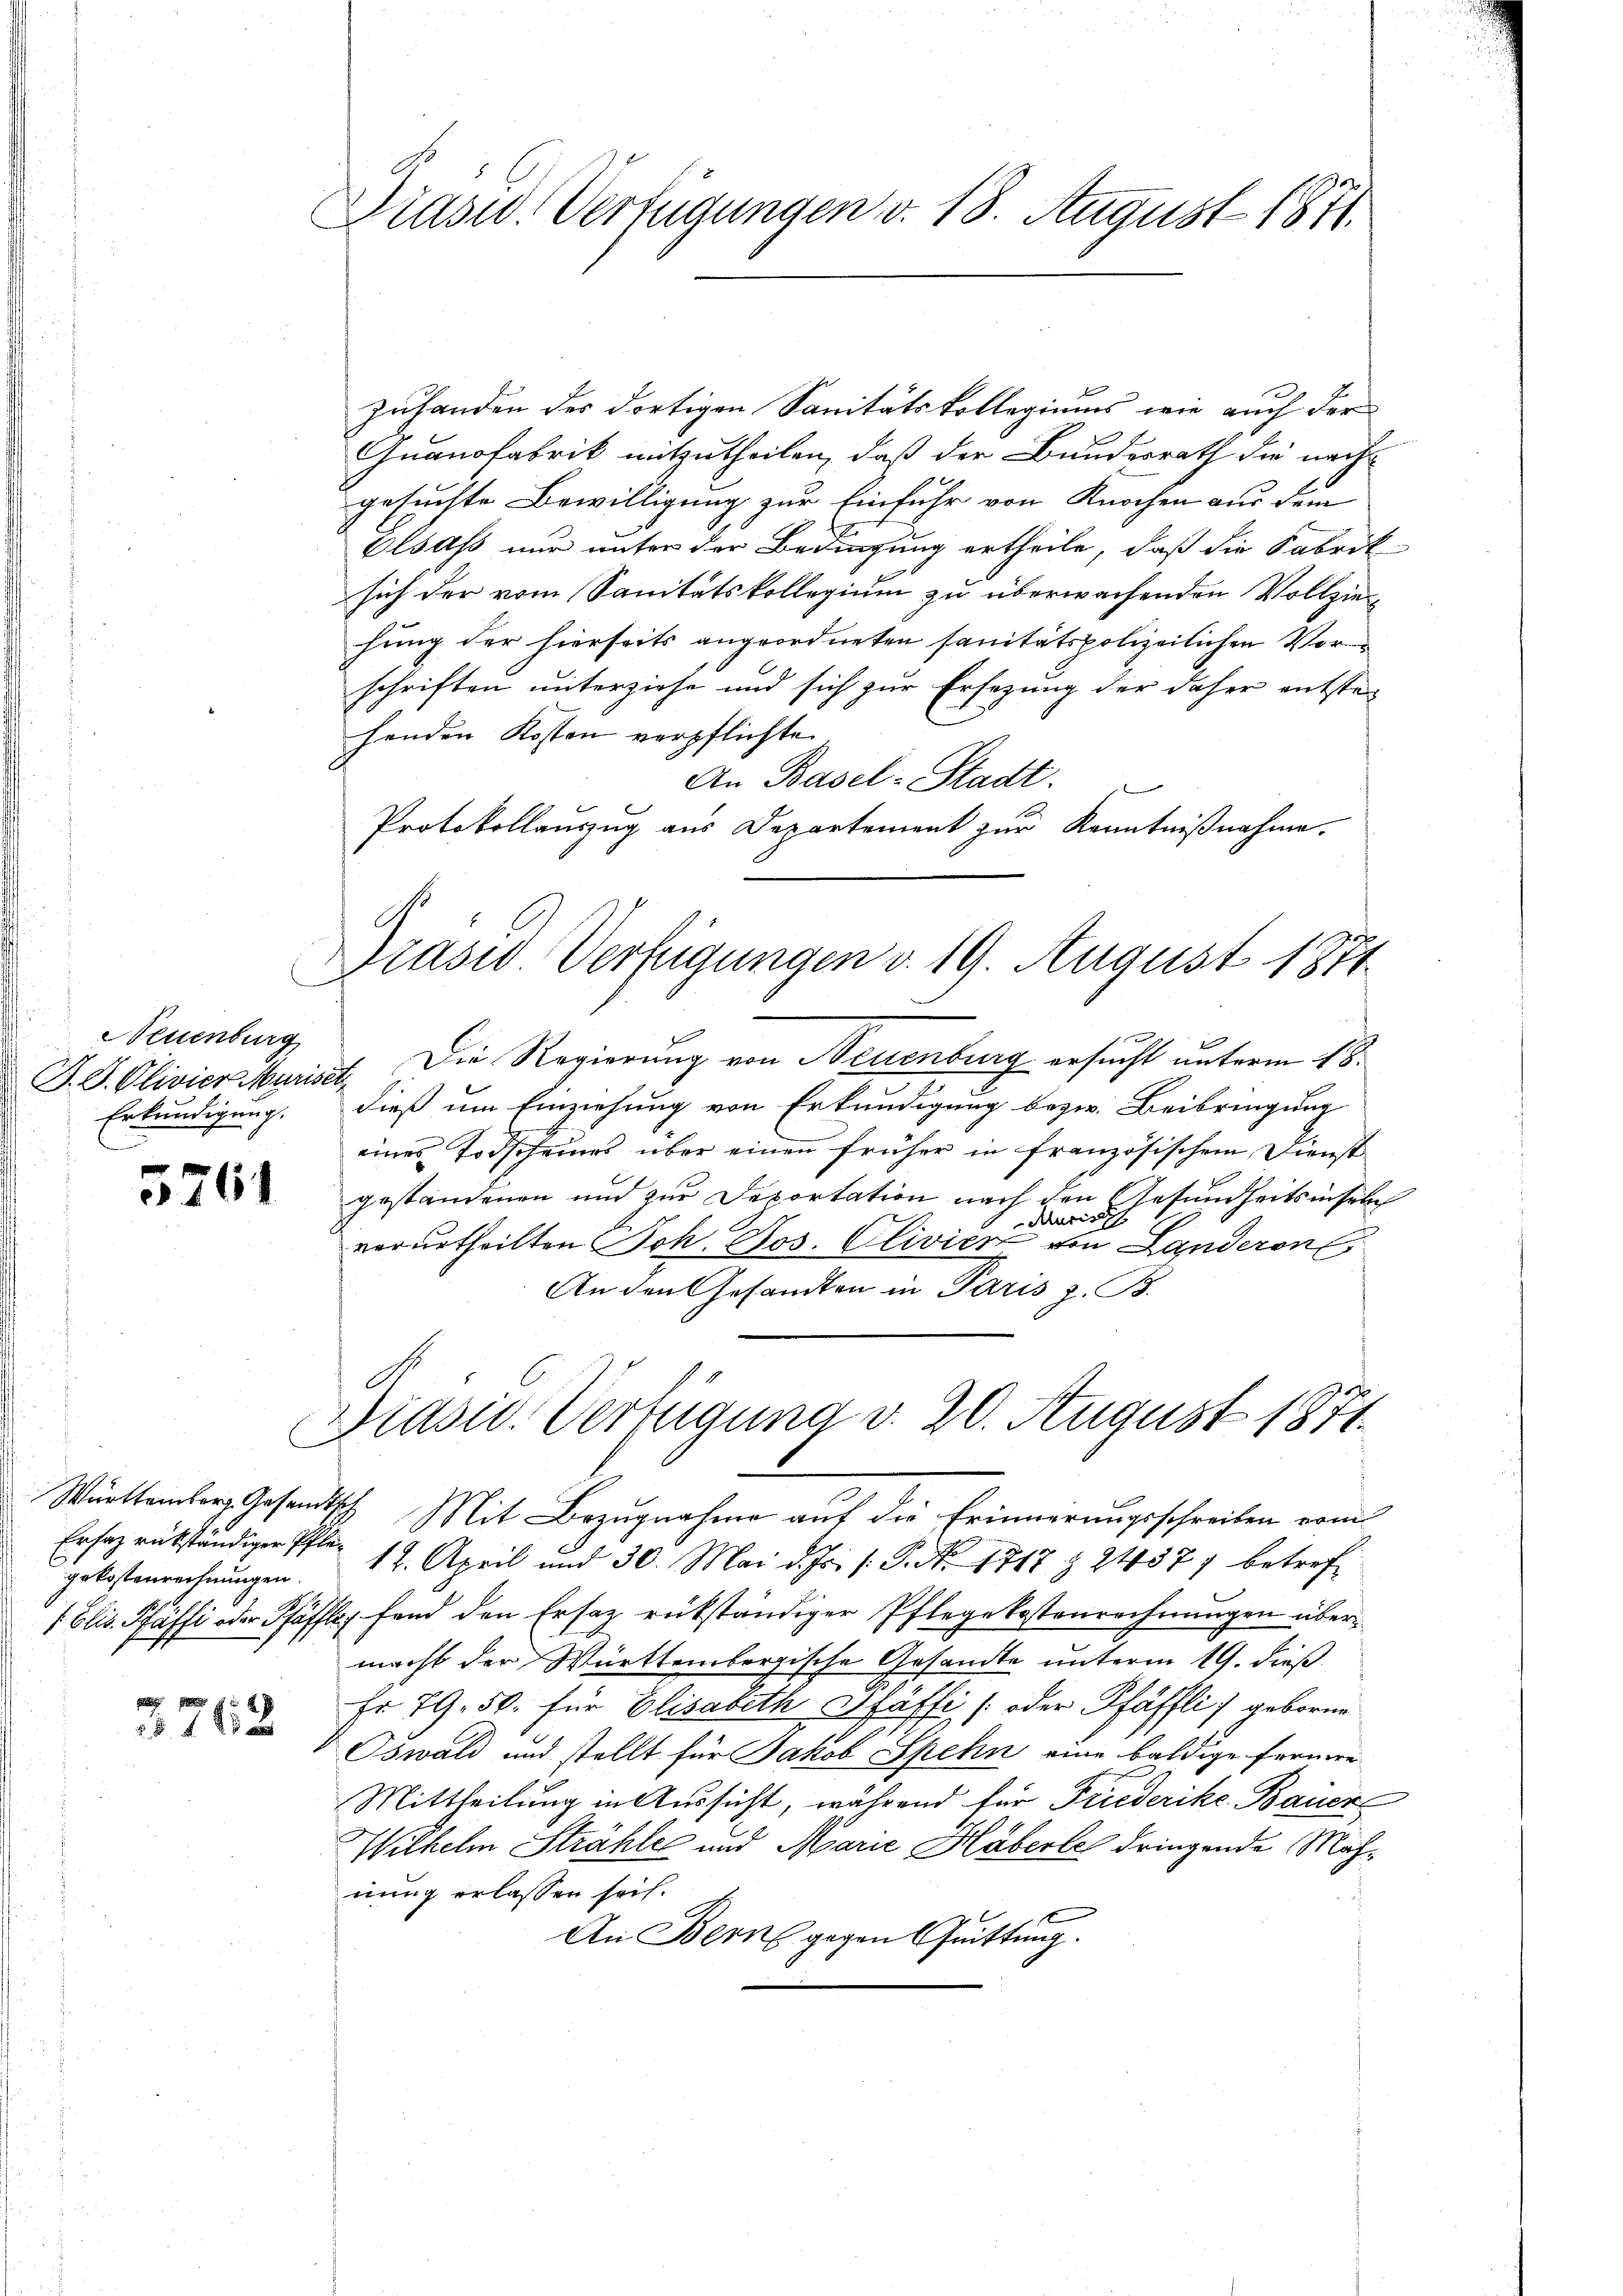
Neuenburg
J. P. Olivier Murist
Erkundigung.

5761

gekostenrechnungen.

s
1762

Drasw. Verfügungen v. 18. August 1871.

Brasio Verfügungen v. 19. August 1871

zufanden des dortigen Sanitätskollegiums, wie auch der
Quanofabrik mitzutheilen, daß der Bundesrath die nach
gesuchte Bewilligung zur Einfuhr von Knochen aus dem
Elsass nur unter der Bedingung ertheile, daß die Fabrik
sich der vom Sanitätskollegium zu überwachenden Vollziehung der hierseits angeordneten sanitätspolizeilichen Vorschriften unterziehe und sich zur Ersezung der daher entste
henden Kosten verpflichte.
An Basel-Stadt.
Protokollauszug aus Departement zur Kenntnißnahme.
Die Regierung von Neuenburg ersucht unterm 18.
i
dieß um Einziehung von Erkundigung bezw. Beibringung
eines Todscheines über einen früher in französischem Dienst
gestandenen und zur Deportation nach den Gesundheitsinseln
Muri
verurtheilten Joh. Jos. Olivier von Landeron
An den Gesandten in Paris z. B.
Präsid. Verfügung v. 20. August 1871.
Württemberg Gesandtsch Mit Bezugnahme auf die Erinnerungsschreiben vom
Ersez rükständiger Pfle 12. April und 30. Mai d. Js. /: P. Nr. 1717 § 2457 betref
/ Elis. Pfäffi oder Pfäffler fand den Ersatz rükständiger Pflegekostenrechnungen übermacht der Württembergische Gesandte unterm 19. dieß
Fr 79. 50. für Elisabeth Pfäffi [oder Pfäffli) geborne
Oswald und stellt für Jakob Spehn eine baldige Ferner
Mittheilung in Aussicht, während für Friederike Bauer
Wilhelm Strahler und Marie Häberles dringende Mahnung erlassen sei.
An Berne gegen Quittung.